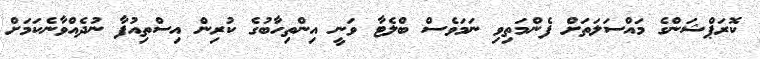
ކޮރަޕްޝަންގެ މައްސަލަތަށް ފެންމަތިވި ނަމަވެސް ބްލެޓާ ވަނީ އިންތިހާބުގެ ކުރިން އިސްތިއުފާ ނުދެއްވާނެކަމަށް